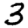
Digit: 3